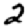
Digit: 2